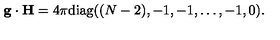
{ \bf g } \cdot { \bf H } = { 4 \pi } \mathrm { d i a g } ( ( N - 2 ) , - 1 , - 1 , \dots , - 1 , 0 ) .